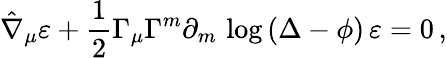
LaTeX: \hat{\nabla}_{\mu}\varepsilon+\frac 12{\Gamma_{\mu}}\Gamma^{m}\partial_{m}\, \log\left(\Delta-\phi\right)\, \varepsilon=0\, ,